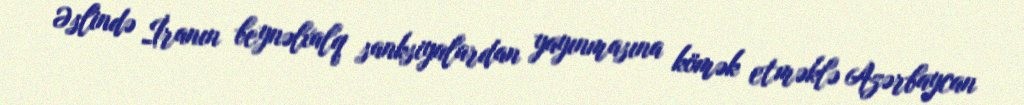
Əslində İranın beynəlxalq sanksiyalardan yayınmasına kömək etməklə Azərbaycan